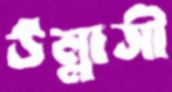
উল্লাসী